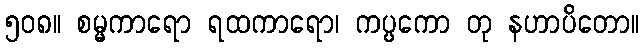
၅၀၈။ စမ္မကာရော ရထကာရော၊ ကပ္ပကော တု နဟာပိတော။